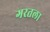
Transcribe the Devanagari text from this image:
गरतला